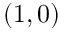
( 1 , 0 )